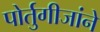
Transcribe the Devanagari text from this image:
पोर्तुगीजांने